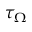
\tau _ { \Omega }